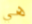
هي